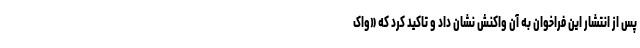
پس از انتشار این فراخوان به آن واکنش نشان داد و تاکید کرد که «واک